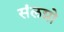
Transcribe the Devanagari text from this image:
संलग्नो